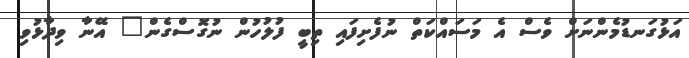
އަޅުގަނޑުމެންނަށް ވެސް އެ މަސައްކަތް ނުފެށިފައި ތިބީ ފުލުހުން ނުގޮސްގެން" އޭނާ ވިދާޅުވި